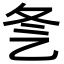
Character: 㐑